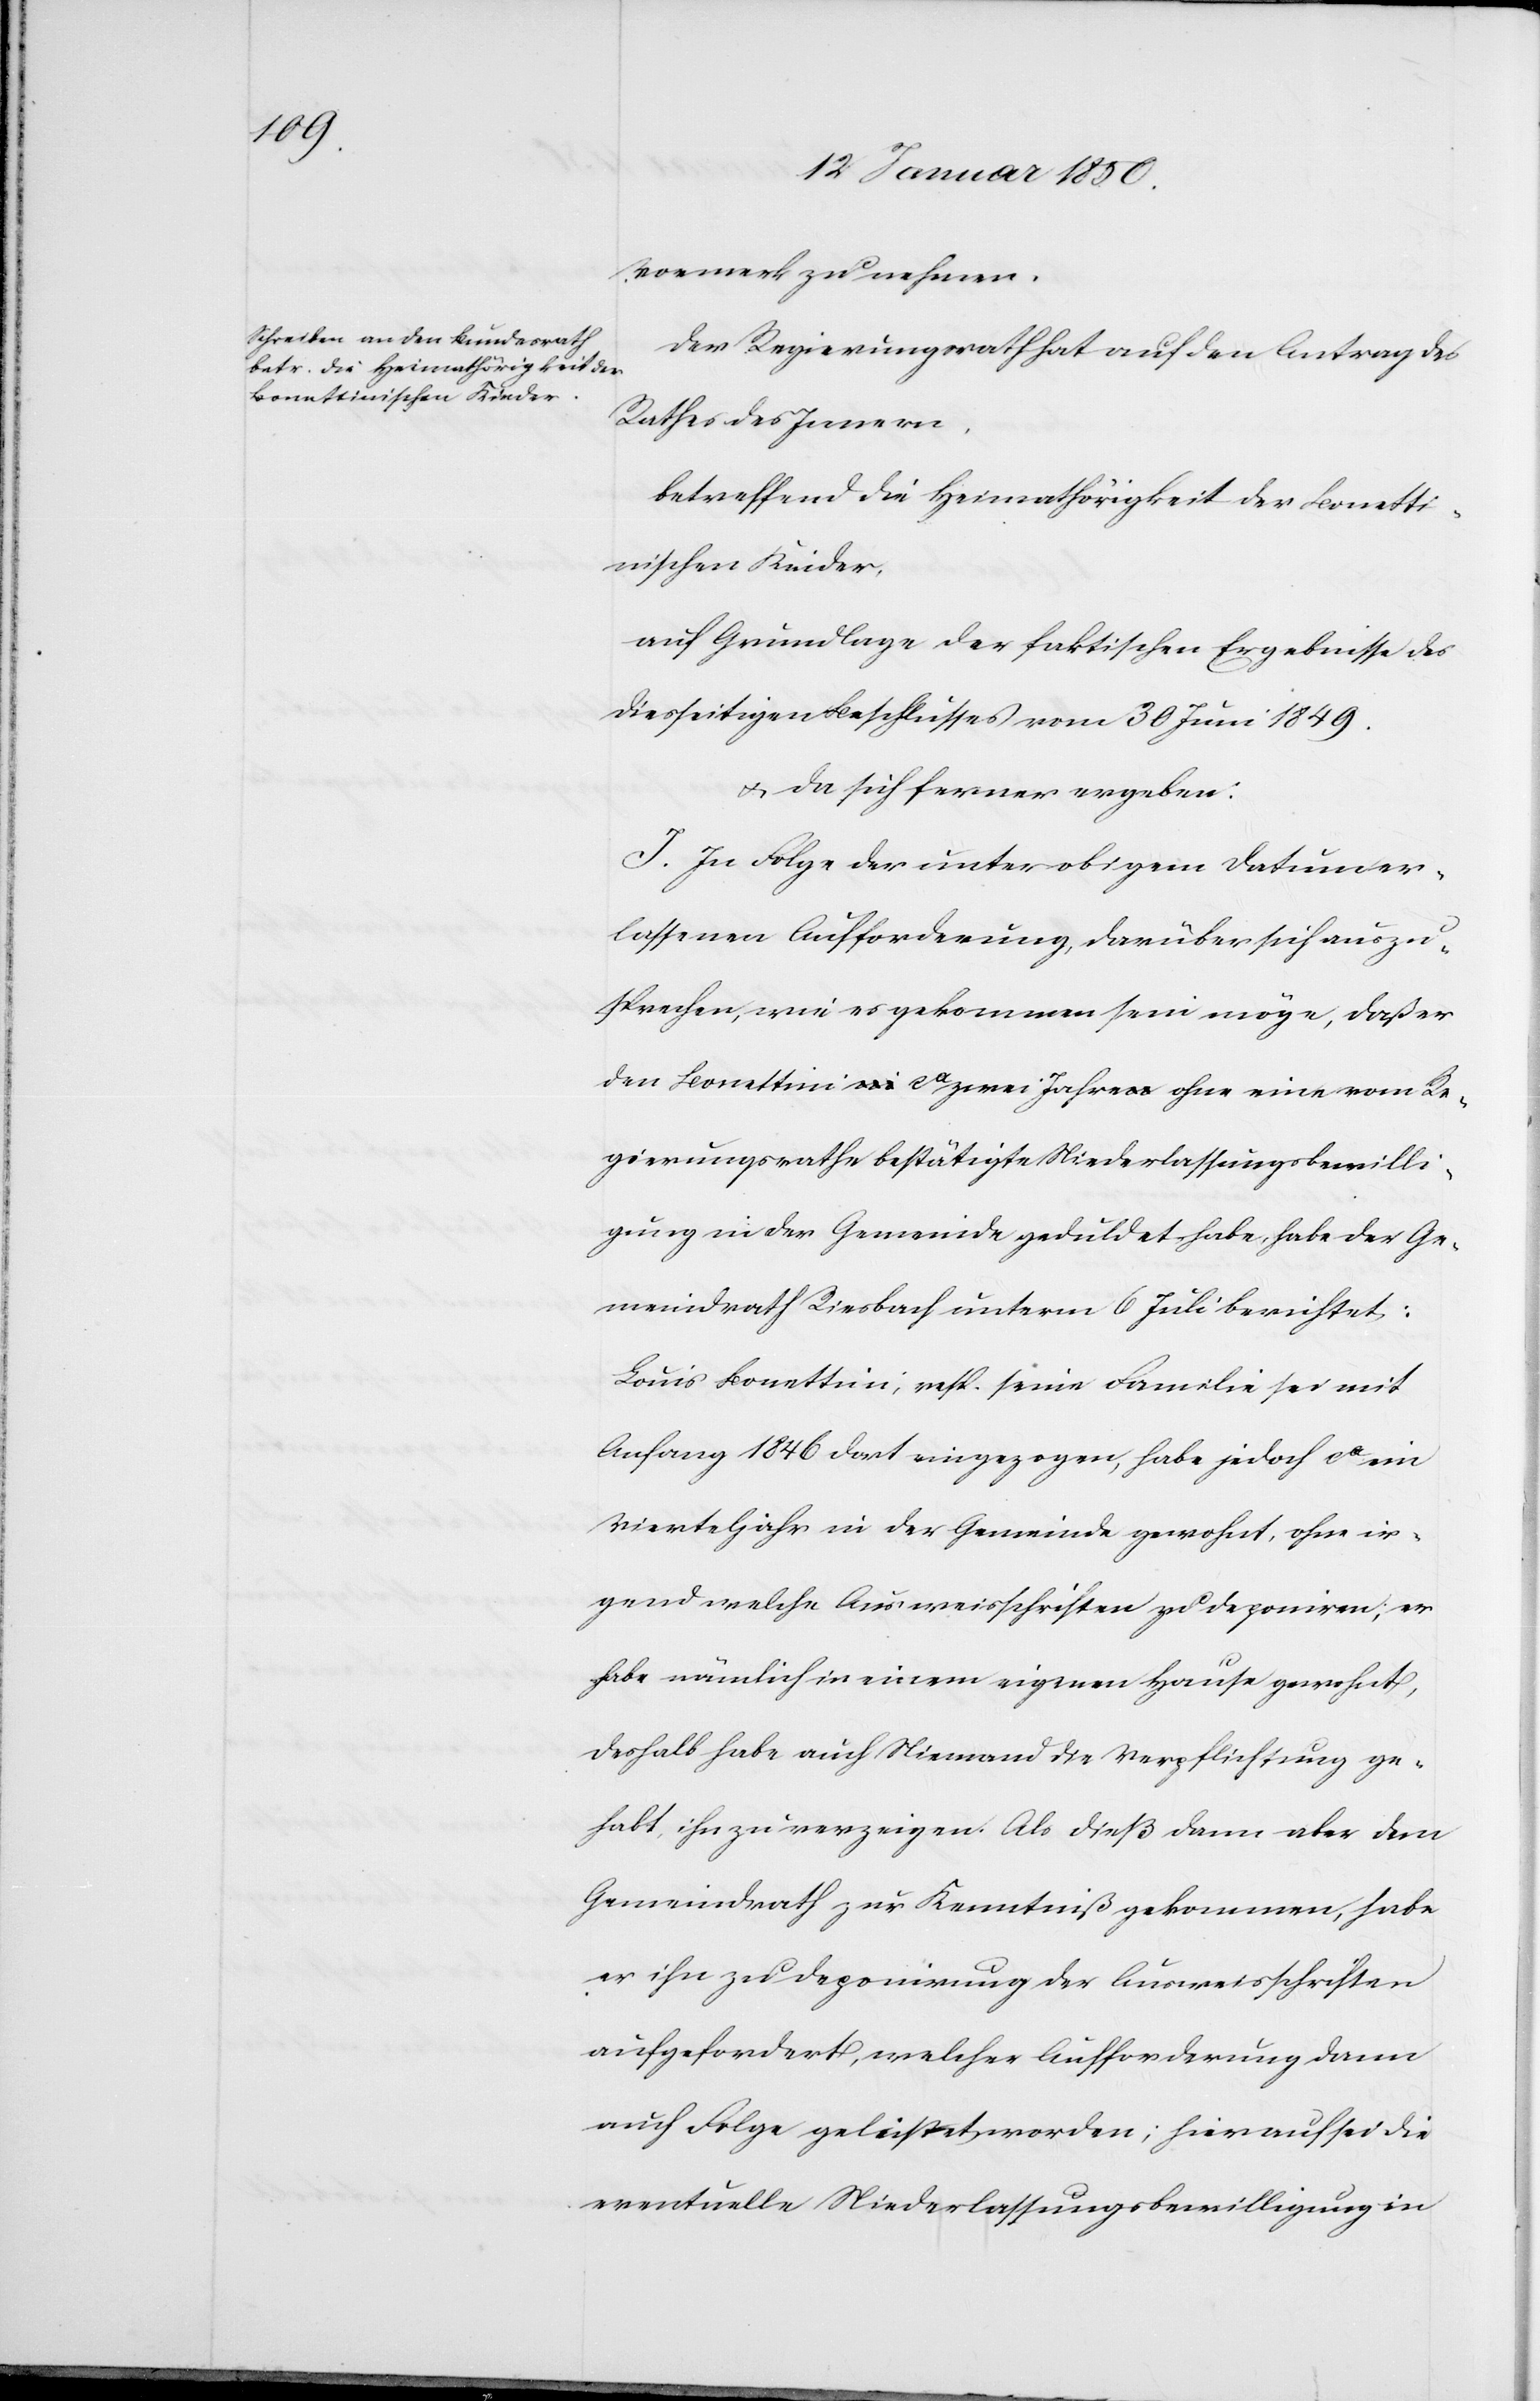
Vormerk zu nehmen.
Der Regierungsrath hat auf den Antrag des
Rathes des Innern,
betreffend die Heimathörigkeit der Bonetti¬
nischen Kinder,
auf Grundlage der faktischen Ergebnisse des
diesseitigen Beschlusses vom 30 Juni 1849.
u. da sich ferner ergeben:
I. In Folge der unter obigem Datum er¬
lassenen Aufforderung, darüber sich auszu¬
sprechen, wie es gekommen sein möge, daß er
den Bonettini ca zwei Jahre ohne eine vom Re¬
gierungsrathe bestätigte Niederlassungsbewilli¬
gung in der Gemeinde geduldet habe, habe der Ge¬
meindrath Riesbach unterm 6 Juli berichtet:
Louis Bonettini, resp. seine Familie sei mit
Anfang 1846 dort eingezogen, habe jedoch ca ein
Vierteljahr in der Gemeinde gewohnt, ohne ir¬
gend welche Ausweisschriften zu deponiren; er
habe nämlich in einem eigenen Hause gewohnt,
deshalb habe auch Niemand die Verpflichtung ge¬
habt, ihn zu verzeigen. Als dieß dann aber dem
Gemeindrath zur Kenntniß gekommen, habe
er ihn zu Deponirung der Ausweisschriften
aufgefordert, welcher Aufforderung dann
auch Folge geleistet worden; hierauf sei die
eventuelle Niederlassungsbewilligung in